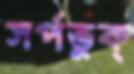
সর্পভুক্‌